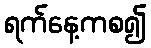
ရက်နေ့ကစ၍